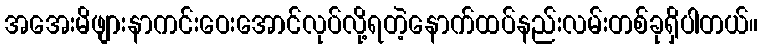
အအေးမိဖျားနာကင်းဝေးအောင်လုပ်လို့ရတဲ့နောက်ထပ်နည်းလမ်းတစ်ခုရှိပါတယ်။